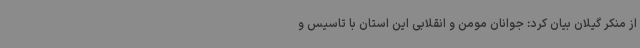
از منکر گیلان بیان کرد: جوانان مومن و انقلابی این استان با تاسیس و